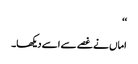
‘‘
اماں نے غصے سے اسے دیکھا۔